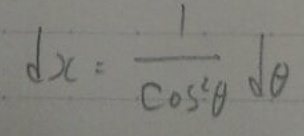
\[
dx=\frac{1}{\cos^{2}\theta}d\theta
\]